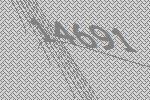
14691